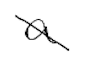
Text: a
Cross-out: diagonal
Writing tool: digital_black